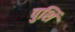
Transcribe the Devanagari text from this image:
पुशिं